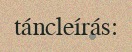
táncleírás: